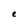
Character: e